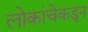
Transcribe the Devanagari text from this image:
लोकांचेकडून